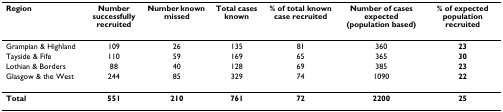
<table><thead><tr><td><b>Region</b></td><td><b>Number successfully recruited</b></td><td><b>Number known missed</b></td><td><b>Total cases known</b></td><td><b>% of total known case recruited</b></td><td><b>Number of cases expected (population based)</b></td><td><b>% of expected population recruited</b></td></tr></thead><tbody><tr><td>Grampian &amp; Highland</td><td>109</td><td>26</td><td>135</td><td>81</td><td>360</td><td><b>23</b></td></tr><tr><td>Tayside &amp; Fife</td><td>110</td><td>59</td><td>169</td><td>65</td><td>365</td><td><b>30</b></td></tr><tr><td>Lothian &amp; Borders</td><td>88</td><td>40</td><td>128</td><td>69</td><td>385</td><td><b>23</b></td></tr><tr><td>Glasgow &amp; the West</td><td>244</td><td>85</td><td>329</td><td>74</td><td>1090</td><td><b>22</b></td></tr><tr><td><b>Total</b></td><td><b>551</b></td><td><b>210</b></td><td><b>761</b></td><td><b>72</b></td><td><b>2200</b></td><td><b>25</b></td></tr></tbody></table>